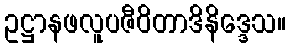
ဥဋ္ဌာနဖလူပဇီဝိတာဒိနိဒ္ဒေသ။